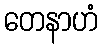
တေနာဟံ